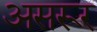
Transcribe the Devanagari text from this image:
असरूर